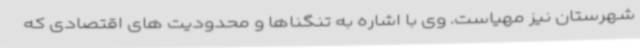
شهرستان نیز مهیاست. وی با اشاره به تنگناها و محدودیت های اقتصادی که